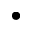
\bullet